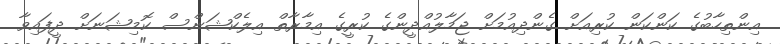
އިންތިހާބުގެ ކަންކަން ކުރިއަށް ގެންދިއުމަށް ޖަމާލުއްދީންގެ ކުރީގެ އިމާރާތް އިލެކްޝަންސް ކޮމިޝަނަށް ދީފައިވާ